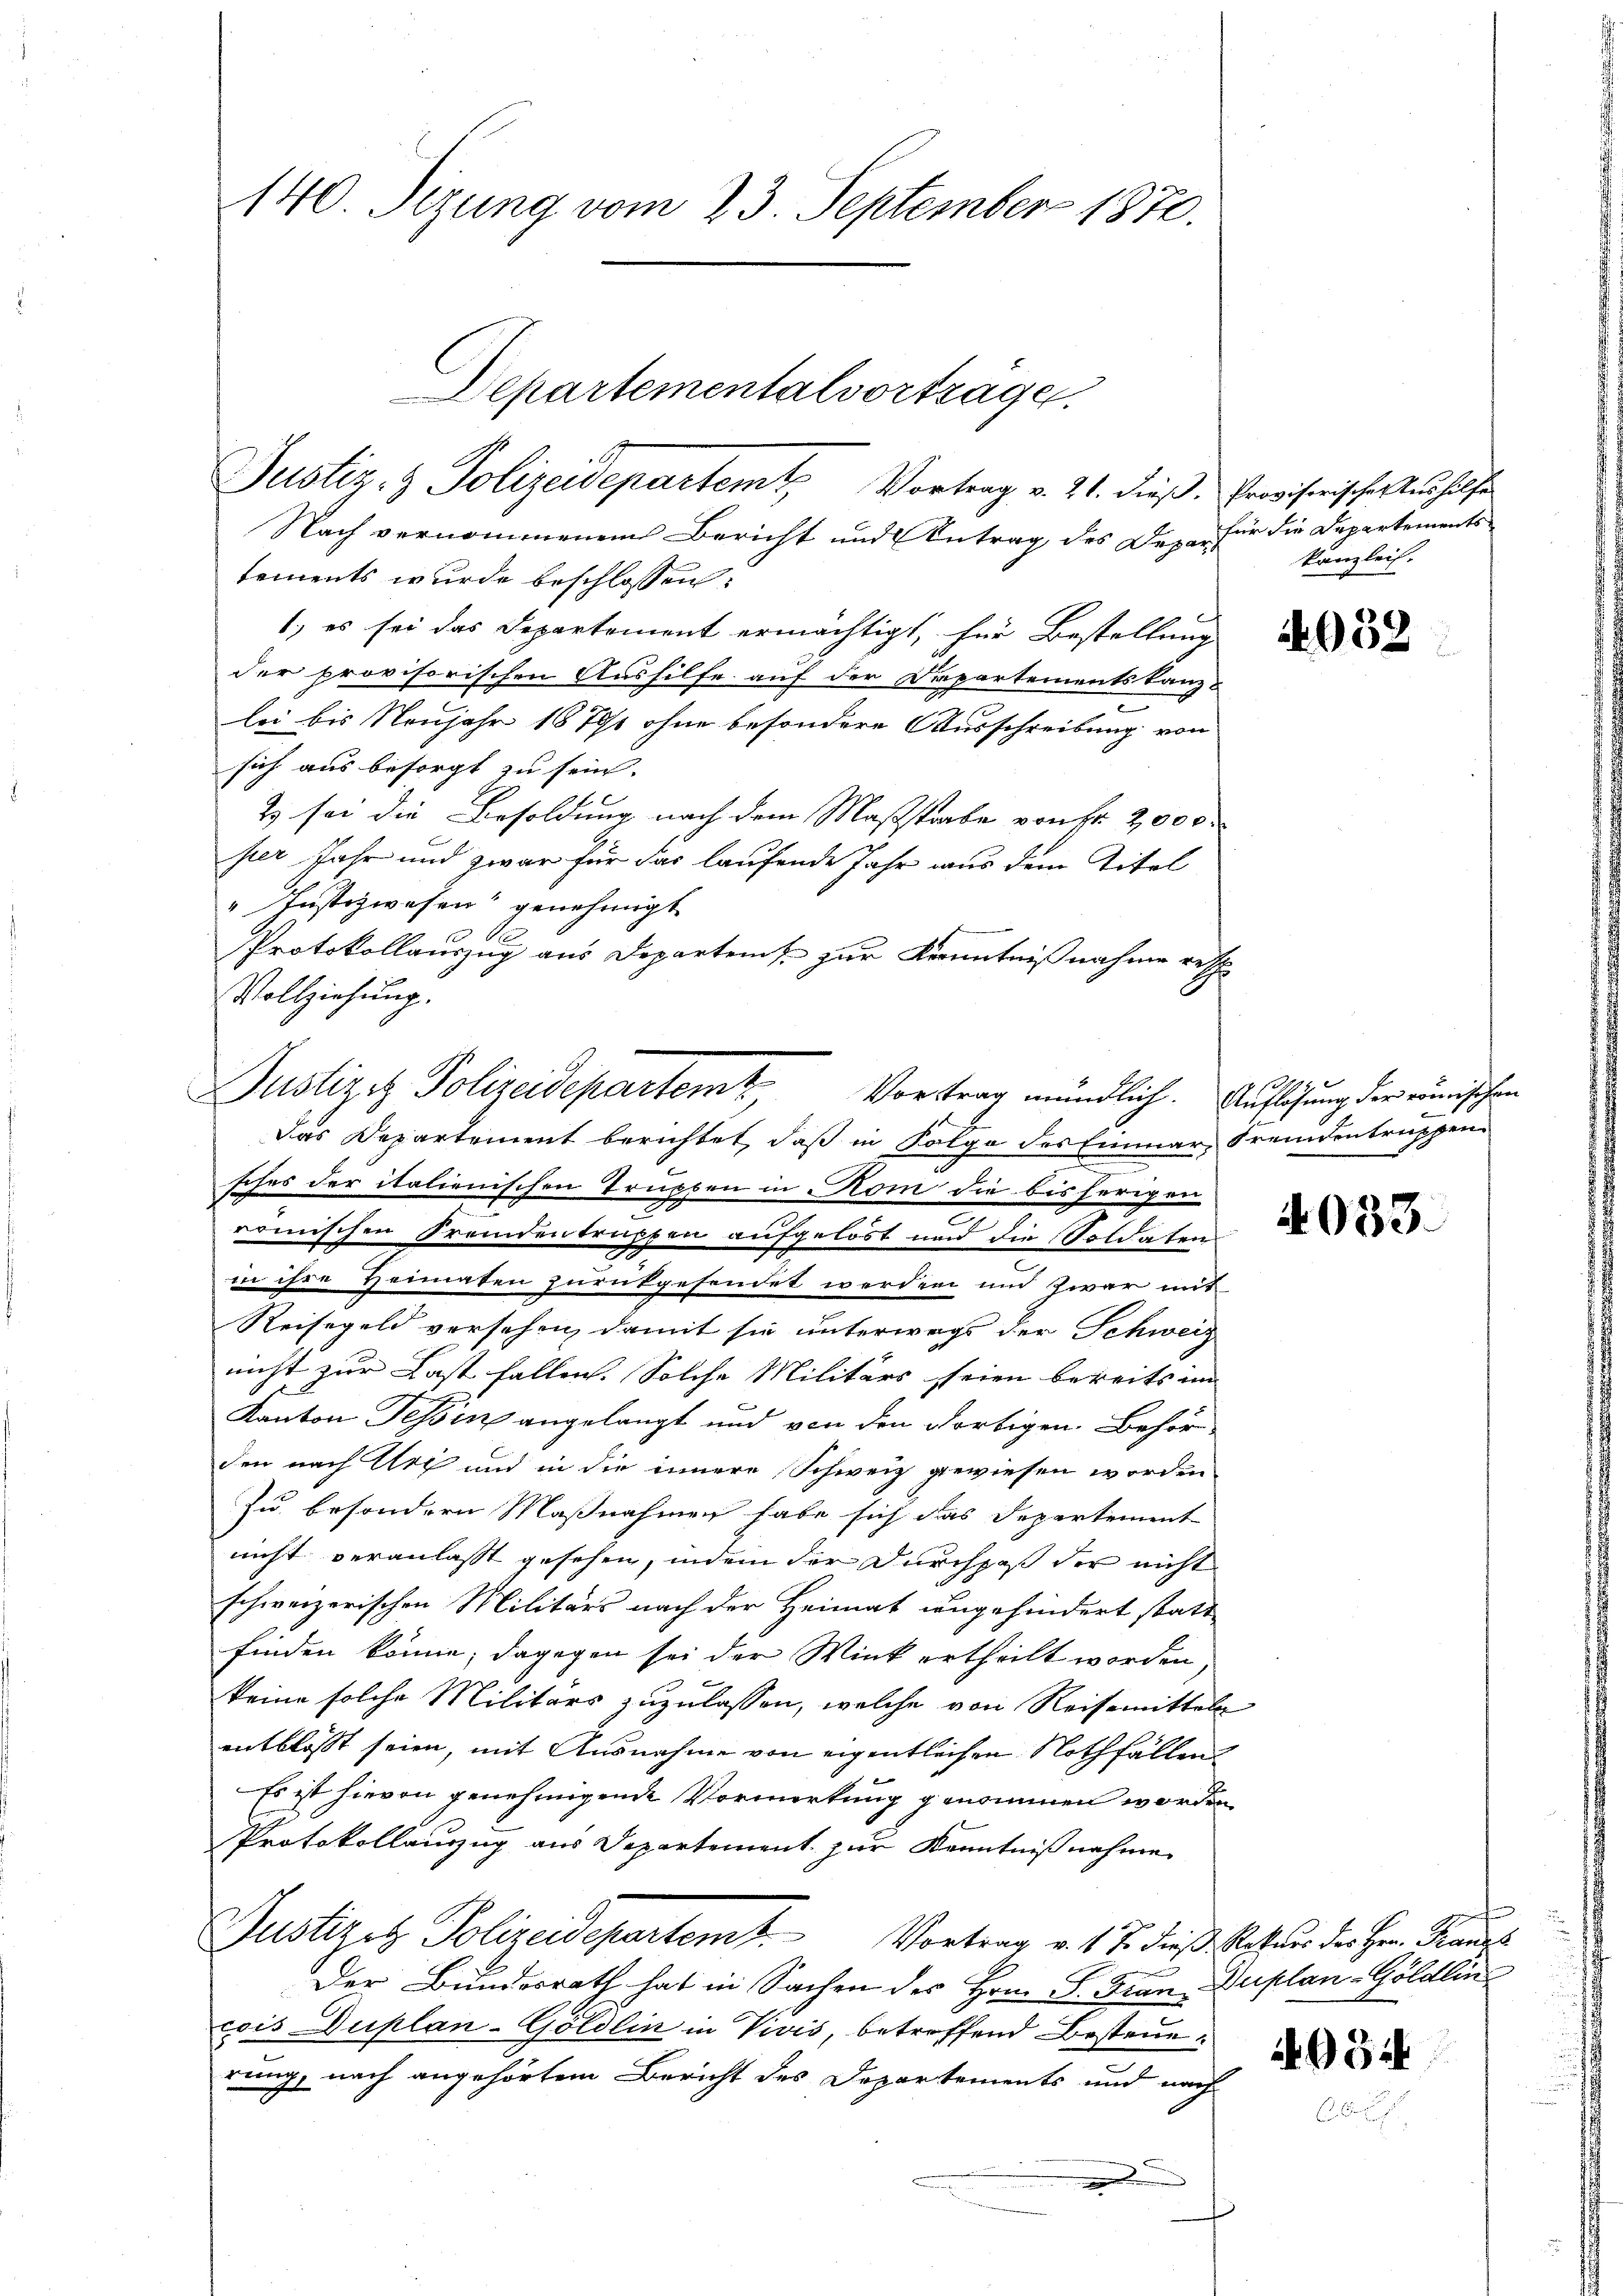
140. Sizung vom 23. September 1870.

Departementalvortrage
Justiz- & Polizeidepartemt Vortrag v. 21. dieß. Provisorischen Verhelfe

Nach vernommenen Bericht und Antrag des Dez. für die Departements
tements wurde beschlossen:
1) es sei das Departement ermächtigt, für Bestellung
der provisorischen Aushilfe auf der Departementstanz-
lei bis Neujahr 1870/0 ohne besondere Ausschreibung von
sich aus besorgt zu sein.
2) sei die Besoldung nach dem Maßstabe von Fr. 2000
per Jahr und zwar für das laufende Jahr aus dem Titel
" Justizwesen“ genehmigt
2
Protokollauszug aus Departems zur Kenntnißnahme resp.
Vollziehung.
Das Departement berichtet, daß in Folge des Einmar, Fremdentruppen
sches der italienischen Trupben in Kom die bisherigen
2
c
römischen Fremdentruppen aufgelöst und die Soldaten
in ihre Heimaten zurükgesendet werden und zwar mit
Reisegeld versehen, damit sie unterwegs der Schweiz
nicht zur Last fallen. Solche Militärs seien bereits im
Kanton Tessin angelangt und von den dortigen Behörden nach Arth und in die innere Schweiz gewiesen worden
Zu besondern Maßnahmen habe sich das Departement
nicht veranlasst gesehen, indem der Durchpaß der nicht
schweizerischen Militärs nach der Heimat angehindert statt
finden könne; dagegen sei der Wink ertheilt worden
keine solche Militärs zuzulassen, welche von Reisemitteln
entblösst seien, mit Ausnahme von eigentlichen Nothfällen
Es ist hievon genehmigende Vormerkung genommen worden
Protokollanzug aus Departement zur Kenntnißnahme
Justizit Polizeidepartent. Vortrag v. 1. J. dieß Rekurs der Herr Franz
Der Bundesrath hat in Sachen des Hrn. F. Frau Duplan-Göldlin
cois Duplan-Göldlin in Vivis, betreffend Besteuerung, nach angehörtem Bericht des Departements und nach

Justizit Polizeidepartem Vortrag mündlich. Auflösung der wienischen

Kanzlei.

4932

4053.

n

4934